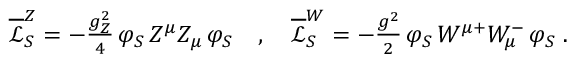
\begin{array} { r } { \overline { { \mathcal { L } } } _ { S } ^ { Z } = - \frac { g _ { Z } ^ { 2 } } { 4 } \, \varphi _ { S } \, Z ^ { \mu } Z _ { \mu } \, \varphi _ { S } \quad , \quad \overline { { \mathcal { L } } } _ { S } ^ { W } = - \frac { g ^ { 2 } } { 2 } \, \varphi _ { S } \, W ^ { \mu + } W _ { \mu } ^ { - } \, \varphi _ { S } \; . } \end{array}